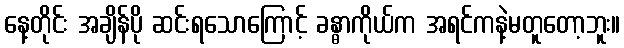
နေ့တိုင်း အချိန်ပို ဆင်းရသောကြောင့် ခန္ဓာကိုယ်က အရင်ကနဲ့မတူတော့ဘူး။